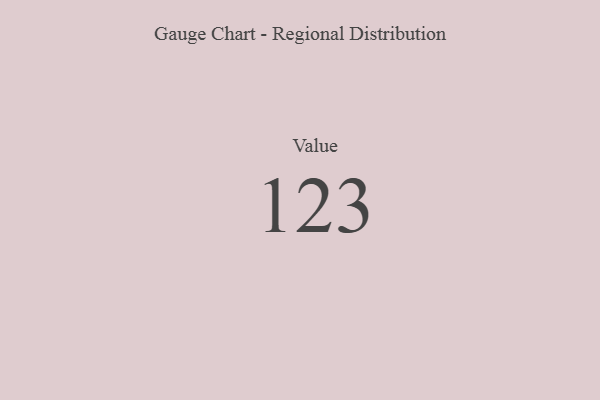
{"axis": {"x": "Metric", "y": "Value"}, "legend": [""], "data": [{"x": "Value", "y": 123, "type": ""}]}